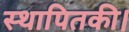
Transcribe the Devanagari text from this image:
स्थापितकी।